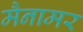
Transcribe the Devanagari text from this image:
मैनामर